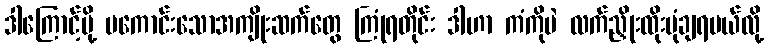
ဒါကြောင့်မို့ မကောင်းသောအကျိုးဆက်တွေ ကြုံရတိုင်း ဒါဟာ ကံကိုပဲ လက်ညှိုးထိုးပုံချရမယ်လို့